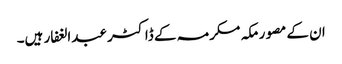
ان کے مصور مکہ مکرمہ کے ڈاکٹر عبدالغفار ہیں۔